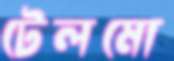
টেলমো